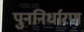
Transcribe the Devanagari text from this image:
पुननिर्धारण